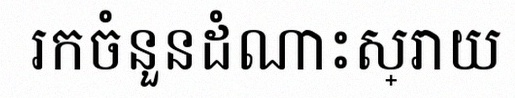
រកចំនួនដំណោះស្រាយ